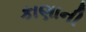
કાણાની